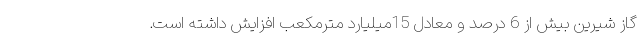
گاز شیرین بیش از 6 درصد و معادل 15میلیارد مترمکعب افزایش داشته است.